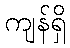
ကျန်ရှိ